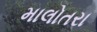
માલોતરા